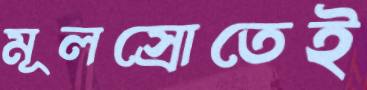
মূলস্রোতেই